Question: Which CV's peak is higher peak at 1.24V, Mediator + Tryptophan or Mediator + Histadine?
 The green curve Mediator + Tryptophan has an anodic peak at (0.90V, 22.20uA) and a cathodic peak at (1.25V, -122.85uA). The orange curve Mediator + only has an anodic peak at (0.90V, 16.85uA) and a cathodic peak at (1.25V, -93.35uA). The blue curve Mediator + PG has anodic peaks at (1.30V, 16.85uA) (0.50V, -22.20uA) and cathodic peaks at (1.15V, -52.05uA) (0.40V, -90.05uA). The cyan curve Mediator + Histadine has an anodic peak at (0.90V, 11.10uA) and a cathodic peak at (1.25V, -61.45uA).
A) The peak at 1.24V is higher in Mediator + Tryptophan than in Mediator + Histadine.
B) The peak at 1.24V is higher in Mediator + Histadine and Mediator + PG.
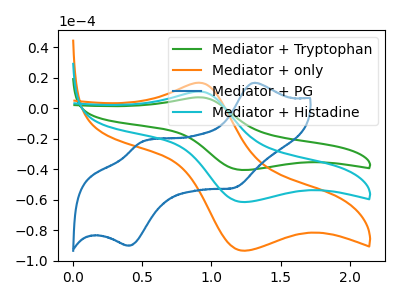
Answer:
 <answer>A) The peak at 1.24V is higher in "Mediator + Tryptophan" than in "Mediator + Histadine".</answer>
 <eval>A</eval>